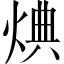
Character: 𪸸